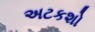
અટકશો